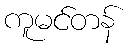
ကူမင်တန်